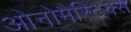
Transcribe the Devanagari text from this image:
ओनोमैस्टिक्स